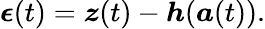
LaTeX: \boldsymbol{\epsilon}(t)=\boldsymbol{z}(t)-\boldsymbol{h}(\boldsymbol{a}(t)).